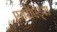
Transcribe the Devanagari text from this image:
एमरॉएड्स